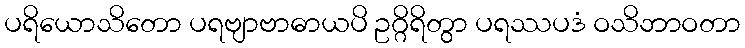
ပရိယောသိတော ပရဗျာဗာဓာယပိ ဥဂ္ဂိရိတွာ ပရဿပဒံ ဝသိဘာဝတာ